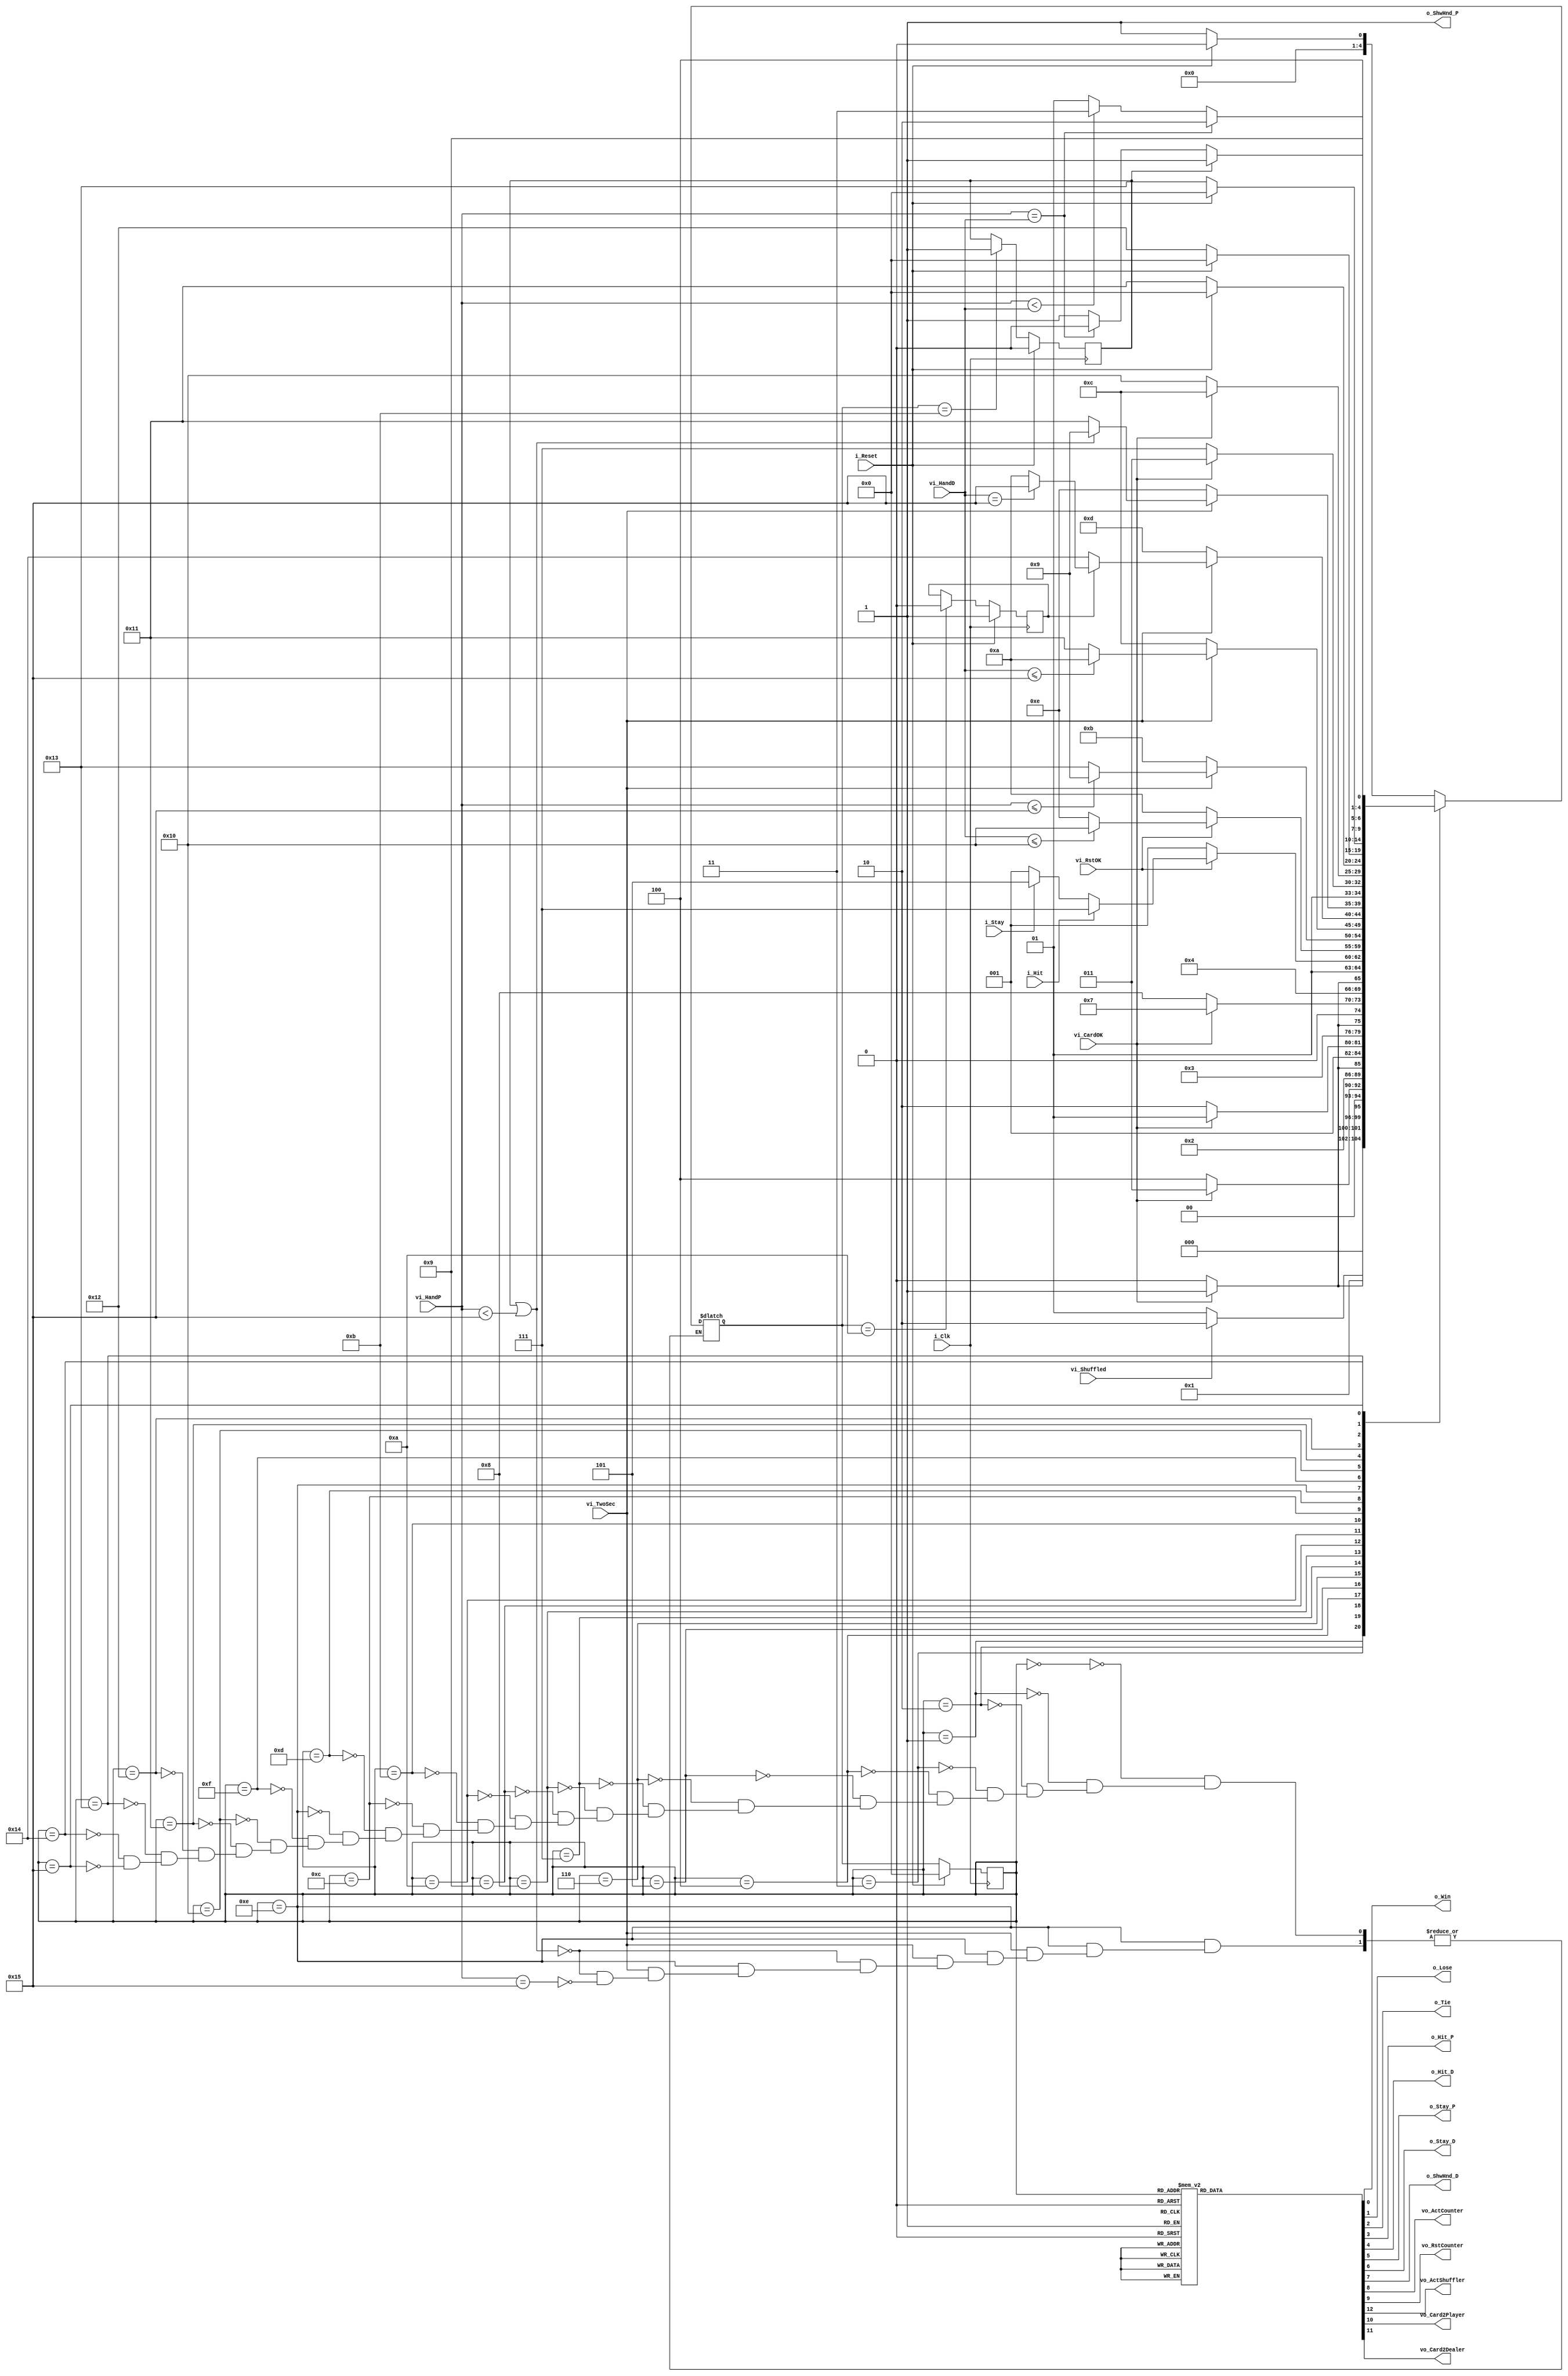
// Made by: Erick

module BlackJackController
(
    input i_Clk,        // entrada do clock

    // Inputs fsicos
    input i_Reset,              // entrada do boto de reset (Posedge)
    input i_Stay,               // entrada do boto de stay (Posedge)
    input i_Hit,                // entrada do boto de hit (Posedge)
    
    //  Outputs to leds
    output reg o_Win,           // sada indicando vitria
    output reg o_Lose,          // sada indicando derrota
    output reg o_Tie,           // sada indicando empate
    output reg o_Hit_P,         // sada que indica se o player deu hit
    output reg o_Hit_D,         // sada que indica se o dealer deu hit
    output reg o_Stay_P,        // sada que indica se o player deu stay
    output reg o_Stay_D,        // sada que indica se o dealer deu stay
    
    // Sadas indicando se deve-se mostrar a mo do player/dealer
    output reg o_ShwHnd_P,
    output reg o_ShwHnd_D,
    
    // Variveis de controle do contador
    input vi_TwoSec,            // indica se passaram 2 segundos
    input vi_RstOK,             // indica se o contador foi zerado com sucesso
    output reg vo_ActCounter,   // sinal para ativar o contador
    output reg vo_RstCounter,   // sinal para zerar o contador

    // Variveis de controle do embaralhador
    input vi_Shuffled,          // indica se o baralho est embaralhado
    output reg vo_ActShuffler,  // sinal para ativar o embaralhador

    // Variveis de controle do adicionador de cartas
    input vi_CardOK,            // indica que carta foi adicionada a mo do player/dealer
    input [5:0] vi_HandP,       // indica o contedo da mo do player
    input [5:0] vi_HandD,       // indica o contedo da mo do dealer
    output reg vo_Card2Player,  // indica que deve ser adicionada carta para o player
    output reg vo_Card2Dealer   // indica que deve ser adicionada carta para o dealer
);

reg vc_HitPlayer;   // Indica se o jogador deu hit em algum momento do jogo

reg vc_FirstTurn;   // Indica se estamos no primeiro turno (1) ou no segundo (0)

// State register
reg [4:0] A_State, F_State;

// Cdigo de cada estado
parameter   Start           = 5'b 00000,
            ShuffleDeck     = 5'b 00001,
            PlayerWith1Card = 5'b 00010,
            D1_RstCardFSM   = 5'b 00011,         
            DealerWith1Card = 5'b 00100,
            P_RstCardFSM    = 5'b 00101,
            PlayerWith2Card = 5'b 00110,
            D2_RstCardFSM   = 5'b 00111,
            DealerWith2Card = 5'b 01000,
            PlayerTurn      = 5'b 01001,
            DealerTurn      = 5'b 01010,
            PlayerHit       = 5'b 01011,
            DealerHit       = 5'b 01100,
            PlayerStay      = 5'b 01101,
            DealerStay      = 5'b 01110,
            CardToPlayer    = 5'b 01111,
            CardToDealer    = 5'b 10000,
            WinState        = 5'b 10001,
            TieState        = 5'b 10010,
            LoseState       = 5'b 10011,
            Measurement     = 5'b 10100,
            DealerBlackJack = 5'b 10101;


// Clocked block
always @(posedge i_Clk)
begin
    if(i_Reset)
    begin
        A_State <= Start;
        vc_HitPlayer <= 0;
        vc_FirstTurn <= 1;
    end

    else
    begin
        A_State <= F_State;

        if(F_State == DealerTurn)
            vc_FirstTurn <= 0;

        if(F_State == PlayerHit)
            vc_HitPlayer <= 1;
    end
end

/* Decodificador de prximo estado Indica as transies entre estados (as setas
da FSM) */
always @(*)
begin
    case (A_State)
        Start :
            if(i_Reset)
                F_State = Start;
            else
                F_State = ShuffleDeck;

        ShuffleDeck :
            if(!vi_Shuffled)
                F_State = ShuffleDeck;
            else
                F_State = PlayerWith1Card;

        PlayerWith1Card :
            if(!vi_CardOK)
                F_State = PlayerWith1Card;
            else
                F_State = D1_RstCardFSM;

        D1_RstCardFSM :
            if(vi_CardOK)
                F_State = D1_RstCardFSM;
            else
                F_State = DealerWith1Card;

        DealerWith1Card :
            if(!vi_CardOK)
                F_State = DealerWith1Card;
            else
                F_State = P_RstCardFSM;

        P_RstCardFSM :
            if (vi_CardOK)
                F_State = P_RstCardFSM;
            else
                F_State = PlayerWith2Card;

        PlayerWith2Card :
            if(!vi_CardOK)
                F_State = PlayerWith2Card;
            else
                F_State = D2_RstCardFSM;

        D2_RstCardFSM :
            if (vi_CardOK)
                F_State = D2_RstCardFSM;
            else
                F_State = DealerWith2Card;

        DealerWith2Card :
            if(!vi_CardOK)
                F_State = DealerWith2Card;
            else
                F_State = PlayerTurn;

        PlayerTurn :
            if (!vi_RstOK)
                F_State = PlayerTurn;
            else if(i_Hit) // uma das bordas de mudana do boto (posedge or negedge)
                F_State = CardToPlayer;
            else if (i_Stay)
                F_State = PlayerStay;
            else
                F_State = PlayerTurn;

        DealerTurn :
            if (!vi_RstOK)
                F_State = DealerTurn;
            else if(vi_HandD <= 16)
                F_State = CardToDealer;
            else
                F_State = DealerStay;

        PlayerHit :
            if(!vi_TwoSec)
                F_State = PlayerHit;
            else if (vi_HandP <= 21)
                F_State = PlayerTurn;
            else
                F_State = LoseState;

        DealerHit :
            if(!vi_TwoSec)
                F_State = DealerHit;
            else if (vi_HandD <= 21)
                F_State = DealerTurn;
            else
                F_State = WinState;

        PlayerStay :
            if(!vi_TwoSec)
                F_State = PlayerStay;
            else if (!vc_FirstTurn)
                F_State = Measurement;
            else if (vi_HandD == 21)
                F_State = DealerBlackJack;
            else
                F_State = DealerTurn;

        DealerStay :
            if(!vi_TwoSec)
                F_State = DealerStay;
            else if (vc_HitPlayer || vi_HandP < 21)
                F_State = PlayerTurn;
            else if (vi_HandP == 21)
                F_State = WinState;

        CardToPlayer :
            if(vi_CardOK)
                F_State = PlayerHit;
            else
                F_State = CardToPlayer;

        CardToDealer :
            if(vi_CardOK)
                F_State = DealerHit;
            else
                F_State = CardToDealer;

        WinState :
            if(i_Reset)
                F_State = Start;
            else
                F_State = WinState;

        TieState :
            if(i_Reset)
                F_State = Start;
            else
                F_State = TieState;

        LoseState :
            if(i_Reset)
                F_State = Start;
            else
                F_State = LoseState;

        Measurement :
            if(vi_HandP == vi_HandD)
                F_State = TieState;
            else if (vi_HandP < vi_HandD)
                F_State = LoseState;
            else
                F_State = WinState;

        DealerBlackJack :
            if(vc_HitPlayer)
                F_State = LoseState;
            else if (vi_HandP == vi_HandD)
                F_State = TieState;
            else
                F_State = LoseState;

        // default :
        //     F_State = Start;
    endcase
end

/* Decodificador de sada da mquina de estados, ela indica o que est dentro
dos estados na FSM, ou seja, depende apenas do estado (mquina de Moore)*/

always @(*)
begin
    // Valores de Sada padres:
    o_Win = 0;
    o_Lose = 0;
    o_Tie = 0;
    o_Hit_P = 0;
    o_Hit_D = 0;
    o_Stay_P = 0;
    o_Stay_D = 0;
    o_ShwHnd_P = 1;
    o_ShwHnd_D = 0;

    // Sadas para mdulos internos
    vo_ActCounter = 0;
    vo_RstCounter = 0;
    vo_Card2Player = 0;
    vo_Card2Dealer = 0;
    vo_ActShuffler = 0;

    // Sadas vinculadas a estados
    case (A_State)        
        // Start : Bloco com clock

        ShuffleDeck :
            vo_ActShuffler = 1;

        PlayerWith1Card :
            vo_Card2Player = 1;

        DealerWith1Card :
            vo_Card2Dealer = 1;

        PlayerWith2Card :
            vo_Card2Player = 1;

        DealerWith2Card :
            vo_Card2Dealer = 1;

        PlayerTurn :
            vo_RstCounter = 1;

        DealerTurn :
            vo_RstCounter = 1;

        PlayerHit :
            begin
                o_Hit_P = 1;
                vo_ActCounter = 1;
                // vc_HitPlayer = 1; Bloco com clk
            end

        DealerHit :
            begin
                o_Hit_D = 1;
                vo_ActCounter = 1;
            end

        PlayerStay :
            begin
                o_Stay_P = 1;
                vo_ActCounter = 1;
            end

        DealerStay :
            begin
                o_Stay_D = 1;
                vo_ActCounter = 1;
            end

        CardToPlayer :
            vo_Card2Player = 1;

        CardToDealer :
            vo_Card2Dealer = 1;

        WinState :
            begin
                o_Win = 1;
                o_ShwHnd_D = 1;
            end

        TieState :
            begin
                o_Tie = 1;
                o_ShwHnd_D = 1;
            end

        LoseState :
            begin
                o_Lose = 1;
                o_ShwHnd_D = 1;
            end
        // Measurement : No tem sadas vinculadas
        // DealerBlackJack : No tem sadas vinculadas
    endcase
end

endmodule // BlackJackController